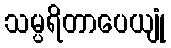
သမ္ပရိတာပေယျုံ